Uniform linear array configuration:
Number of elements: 24
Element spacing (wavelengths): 0.5
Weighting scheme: uniform
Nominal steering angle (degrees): -60
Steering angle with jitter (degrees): -60.23
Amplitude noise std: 0.05
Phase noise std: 0.05

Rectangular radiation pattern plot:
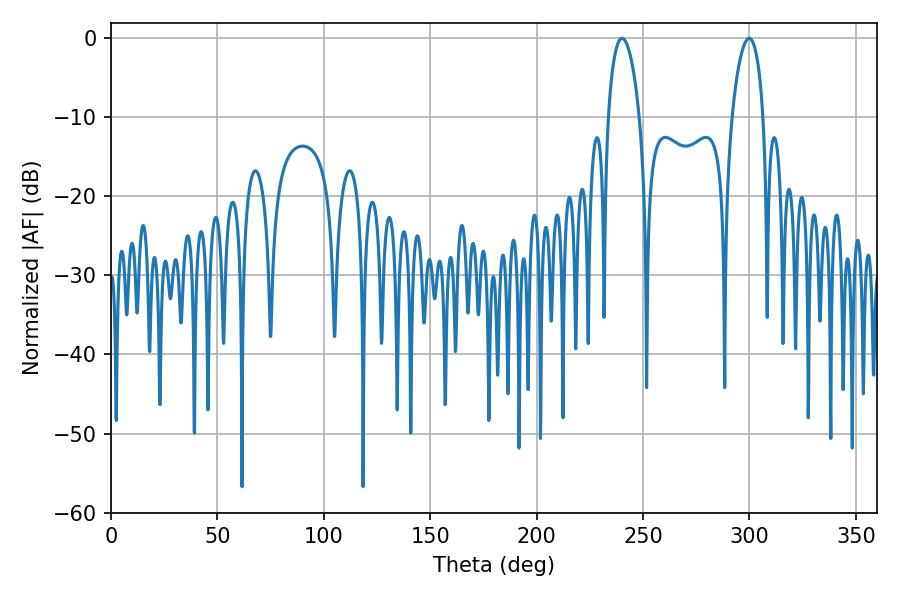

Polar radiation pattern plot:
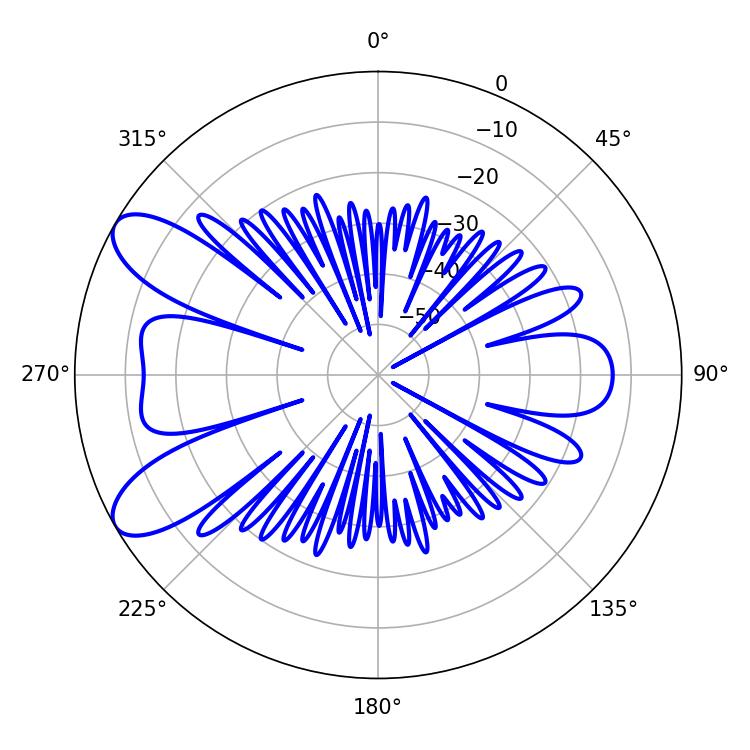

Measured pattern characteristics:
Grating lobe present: FALSE
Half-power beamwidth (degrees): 8.46
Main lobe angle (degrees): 299.88